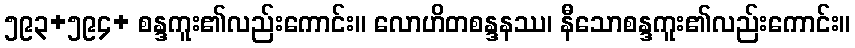
၅၉၃+၅၉၄+ စန္ဒကူး၏လည်းကောင်း။ လောဟိတစန္ဒနဿ၊ နီသောစန္ဒကူး၏လည်းကောင်း။